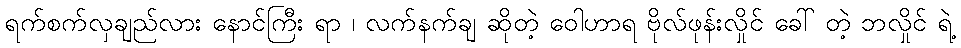
ရက်စက်လှချည်လား နောင်ကြီး ရာ ၊ လက်နက်ချ ဆိုတဲ့ ဝေါဟာရ ဗိုလ်ဖုန်းလှိုင် ခေါ် တဲ့ ဘလှိုင် ရဲ့